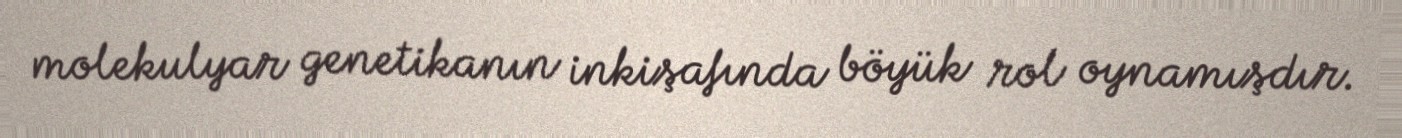
molekulyar genetikanın inkişafında böyük rol oynamışdır.